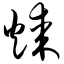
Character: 煤